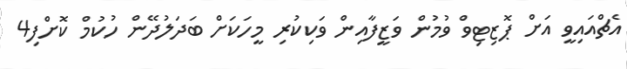
އެޗްއައިވީ އަށް ޕޮޒިޓިވް ވުމުން ވަޒީފާއިން ވަކިކުރި މީހަކަށް ބަދަލުދޭން ހުކުމް ކޮށްފި4